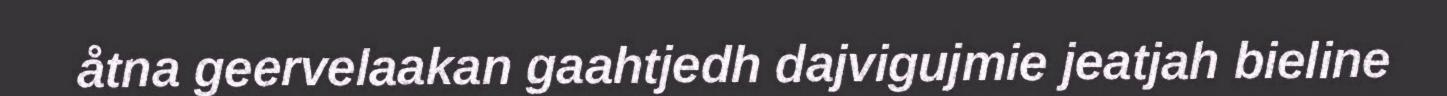
åtna geervelaakan gaahtjedh dajvigujmie jeatjah bieline